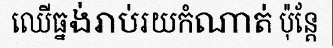
ឈើធ្នង់រាប់រយកំណាត់ ប៉ុន្តែ